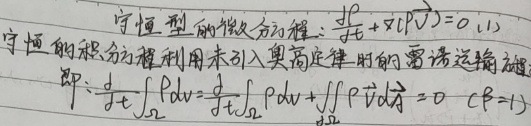
守恒型的微分方程：
\[
\frac{\mathrm{d} \rho}{\mathrm{d} t}+\nabla \cdot(\rho \vec{V}) = 0 \quad (1)
\]
守恒的积分方程利用未引入奥高定律时的雷诺运输定理即：
\[
\frac{\mathrm{d} }{\mathrm{d} t} \int_{\Omega} \rho \mathrm{d} v=\frac{\mathrm{d} }{\mathrm{d} t} \int_{\Omega} \rho \mathrm{d} v+\iint_{\partial \Omega} \rho \vec{V} \mathrm{d} \vec{A}=0 \quad (\rho = 1)
\]